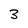
Character: 3